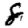
Digit: 8